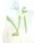
ألا